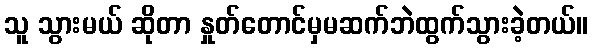
သူ သွားမယ် ဆိုတာ နှုတ်တောင်မှမဆက်ဘဲထွက်သွားခဲ့တယ်။